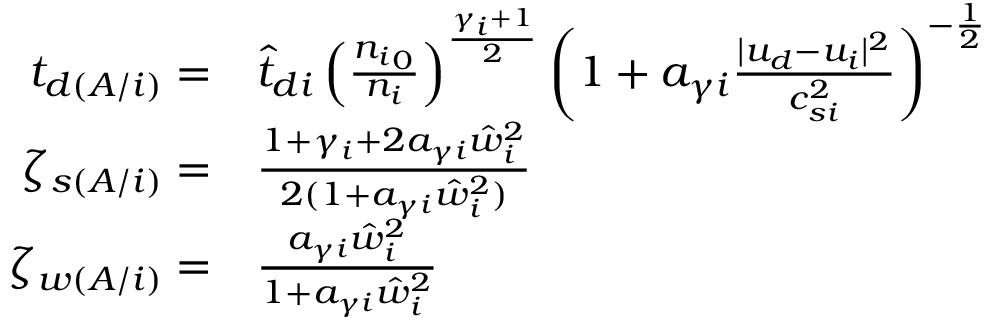
\begin{array} { r l } { t _ { d ( A / i ) } = } & { \hat { t } _ { d i } \left( \frac { { n _ { i } } _ { 0 } } { { n _ { i } } } \right) ^ { \frac { \gamma _ { i } + 1 } { 2 } } \left( 1 + a _ { \gamma i } \frac { | { u _ { d } } - { u _ { i } } | ^ { 2 } } { c _ { s i } ^ { 2 } } \right) ^ { - \frac 1 2 } } \\ { \zeta _ { s ( A / i ) } = } & { \frac { 1 + \gamma _ { i } + 2 a _ { \gamma i } \hat { w } _ { i } ^ { 2 } } { 2 ( 1 + a _ { \gamma i } \hat { w } _ { i } ^ { 2 } ) } } \\ { \zeta _ { w ( A / i ) } = } & { \frac { a _ { \gamma i } \hat { w } _ { i } ^ { 2 } } { 1 + a _ { \gamma i } \hat { w } _ { i } ^ { 2 } } } \end{array}